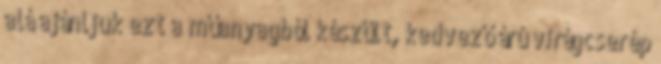
alá ajánljuk ezt a műanyagból készült, kedvező árú virágcserép